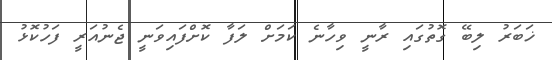
ޚަބަރު ލިބޭ ގޮތުގައި ރާނީ ވިހާނެ ކަމަށް ލަފާ ކޮށްފައިވަނީ ޖެނުއަރީ ފަހުކޮޅު